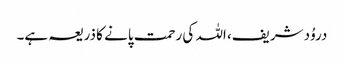
دروُد شریف، اللہ کی رحمت پانے کا ذریعہ ہے۔